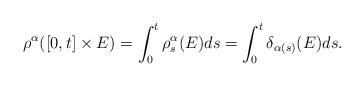
LaTeX: \begin{align*}\rho^{\alpha}([0,t]\times E)=\int_0^t \rho^{\alpha}_s (E) ds = \int_0^t \delta_{\alpha(s)}(E) ds .\end{align*}